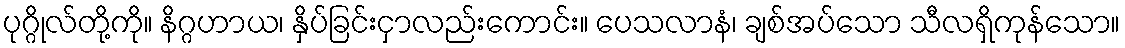
ပုဂ္ဂိုလ်တို့ကို။ နိဂ္ဂဟာယ၊ နှိပ်ခြင်းငှာလည်းကောင်း။ ပေသလာနံ၊ ချစ်အပ်သော သီလရှိကုန်သော။